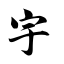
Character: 宇